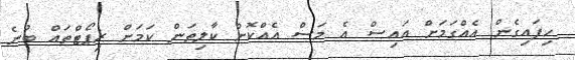
ހިފައިގެން އެއްގަމަށް އައިސް އެ މަސް އެއްކޮށް ކާލިތަން ކަމަށް ރިޕޯޓްތައް ބުނެ